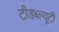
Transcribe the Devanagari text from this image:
टीडब्ल्यूटी